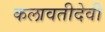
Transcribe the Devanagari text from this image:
कलावतीदेवी